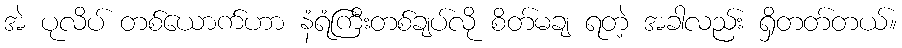
အဲ ပုလိပ် တစ်ယောက်ဟာ နံရံကြီးတစ်ချပ်လို စိတ်မချ ရတဲ့ အခါလည်း ရှိတတ်တယ်။